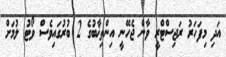
އަދި މިފަހަރު ރަޖިސްޓްރީ ވާން ޖެހޭނީ އިންތިޚާބުގެ 2 ބުރުގައިވެސް ވޯޓު ލުމަށް